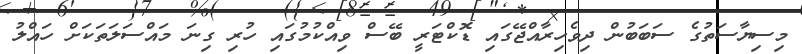
މިސިޔާސަތުގެ ސަބަބުން ދިވެހިރާއްޖޭގައި ޑޮކްޓަރީ ބޭސް ވިއްކުމުގައި ހުރި ގިނަ މައްސަލަތަކަށް ހައްލު